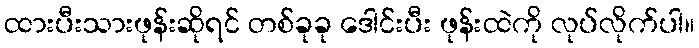
ထားပီးသားဖုန်းဆိုရင် တစ်ခုခု ဒေါင်းပီး ဖုန်းထဲကို လုပ်လိုက်ပါ။